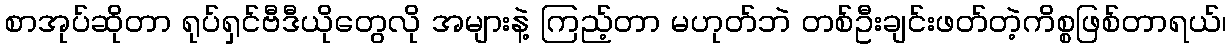
စာအုပ်ဆိုတာ ရုပ်ရှင်ဗီဒီယိုတွေလို အများနဲ့ ကြည့်တာ မဟုတ်ဘဲ တစ်ဦးချင်းဖတ်တဲ့ကိစ္စဖြစ်တာရယ်၊